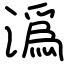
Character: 潙